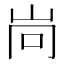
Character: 𡶝